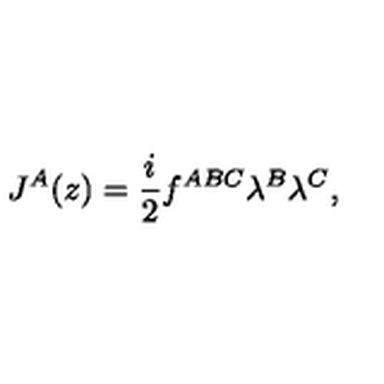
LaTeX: J ^ { A } ( z ) = \frac { i } { 2 } f ^ { A B C } \lambda ^ { B } \lambda ^ { C } ,